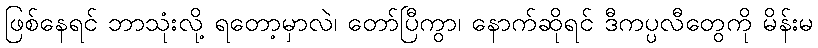
ဖြစ်နေရင် ဘာသုံးလို့ ရတော့မှာလဲ၊ တော်ပြီကွာ၊ နောက်ဆိုရင် ဒီကပ္ပလီတွေကို မိန်းမ